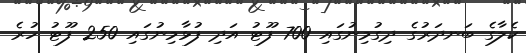
ކެލާގެ ބަނދަރުގެ ދިގުމިނުގައި 700 ފޫޓު އަދި ފުޅާމިނުގައި 250 ފޫޓު ހުރެ